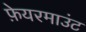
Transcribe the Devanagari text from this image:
फ़ेयरमाउंट